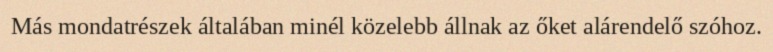
Más mondatrészek általában minél közelebb állnak az őket alárendelő szóhoz.